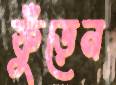
ফুঁড়েন